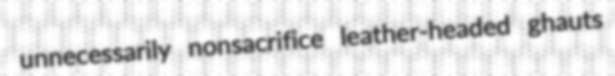
unnecessarily nonsacrifice leather-headed ghauts